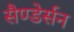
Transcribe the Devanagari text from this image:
सैण्डेर्सन